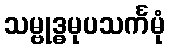
သမ္ဗုဒ္ဓမုပသင်္ကမုံ